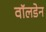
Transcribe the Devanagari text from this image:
वॉलडेन